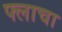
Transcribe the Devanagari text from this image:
फ्लाचा